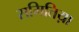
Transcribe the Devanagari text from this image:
समितिय़ा